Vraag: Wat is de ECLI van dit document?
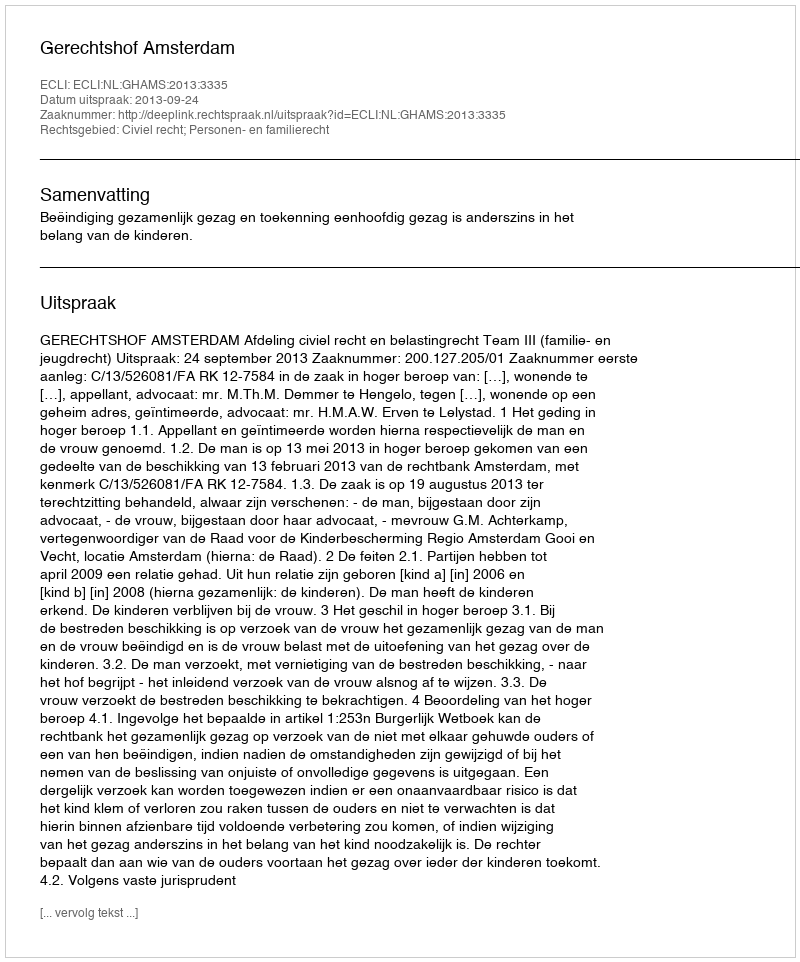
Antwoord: ECLI:NL:GHAMS:2013:3335